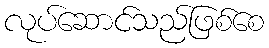
လုပ်ဆောင်သည်ဖြစ်စေ